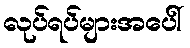
လုပ်ရပ်များအပေါ်